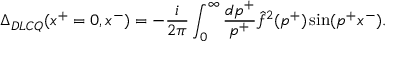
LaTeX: \Delta _ { D L C Q } ( x ^ { + } = 0 , x ^ { - } ) = - { \frac { i } { 2 \pi } } \int _ { 0 } ^ { \infty } { \frac { d p ^ { + } } { p ^ { + } } } \hat { f } ^ { 2 } ( p ^ { + } ) \sin ( p ^ { + } x ^ { - } ) .